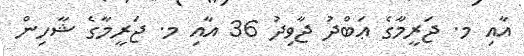
އާއި މ. ޖަރީމާގެ ޢަބްދު ޖާވިދު 36 އާއި މ. ޖަރީމާގެ ޝާހިން